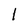
Character: 1